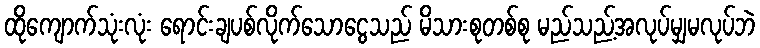
ထိုကျောက်သုံးလုံး ရောင်းချပစ်လိုက်သောငွေသည် မိသားစုတစ်စု မည်သည့်အလုပ်မျှမလုပ်ဘဲ